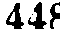
448